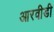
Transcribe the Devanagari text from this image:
आरवीडी